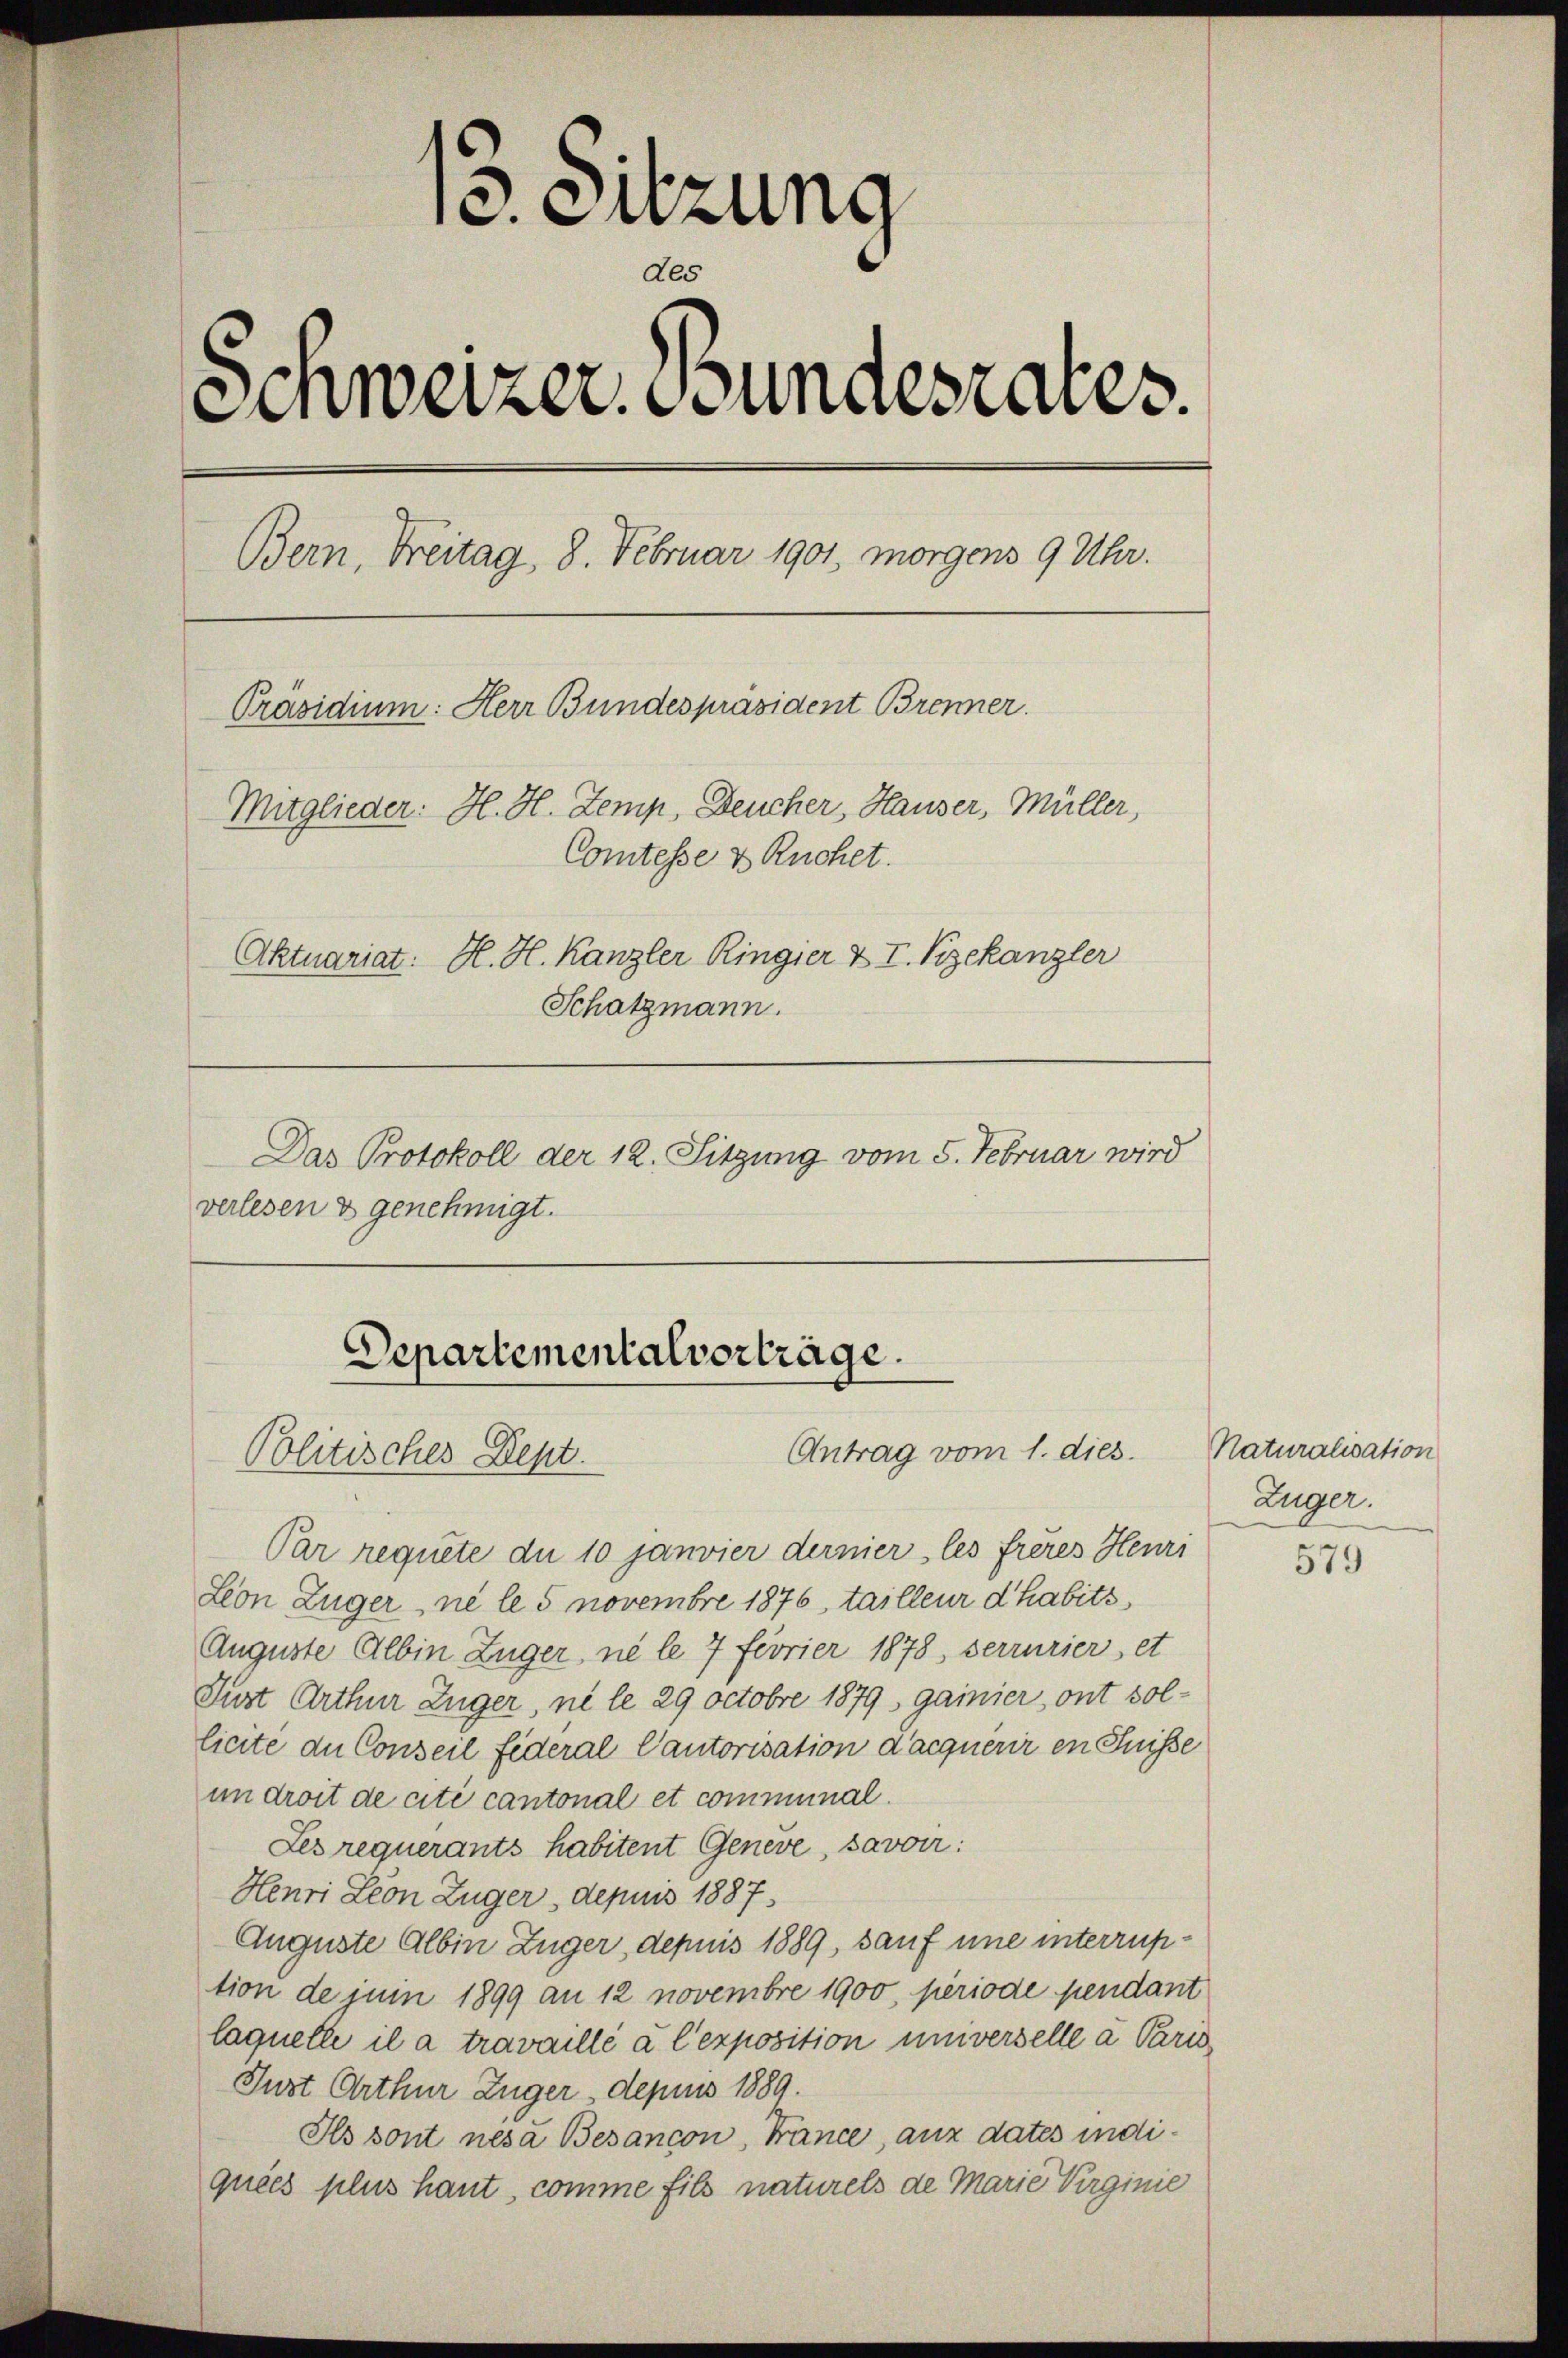
13. Sitzung
des
Schweizer. Bundesrates.
Bern, Freitag, 8. Februar 1901, morgens 9 Uhr.
Präsidium: Herr Bundespräsident Brenner.
Mitglieder. H. H. Zemp, Deucher, Hauser, Müller,
Comtesse & Ruchet.
Aktuariat: H. H. Kanzler Ringier & T. Vizekanzler
Schatzmann.

Das Protokoll der 12. Sitzung vom 5. Februar wird
verlesen & genehmigt.

Departementalverträge.
Antrag vom 1. dies
Politisches Dept.

Par requete du 10 janvier dernier les frères Henri
Lion Züger ne le 5 novembre 1876, tailleur d’habits
Auguste Albin Züger, ne le 7 Feorier 1878, verrurier et
Jurt Arthur Züger, ni le 29 Octobre 1879 gainier, ont sollicite an Conseil fideral Cautorisation d’acquérir en Suisse
un droit de cité cantonal et communal.
Les requerants habitent Genève, savoir:
Henri Leon Züger, depuis 1887
Auguste Albin Züger, depuis 1889, sauf une interruption de juni 1899 an 12 novembre 1900, periode pendant
laquelle il a travaillé à l’exposition universelle a Paris
Just Arthur Zuger depuis 1889.
Ils sont nesa Besançon, France, aux dates indiquées plus haut, comme fils naturels de Marie Virginie

Naturalisation
Luger.

579